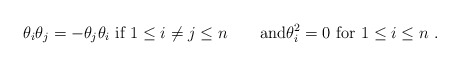
\begin{align*}\theta_i \theta_j = - \theta_j \theta_i \hbox{ if } 1 \leq i \neq j \leq n\qquad\hbox{and}\theta_i^2 = 0 \hbox{ for }1 \leq i \leq n~.\end{align*}